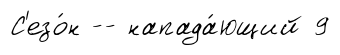
С'езо́н -- напада́ющий 9